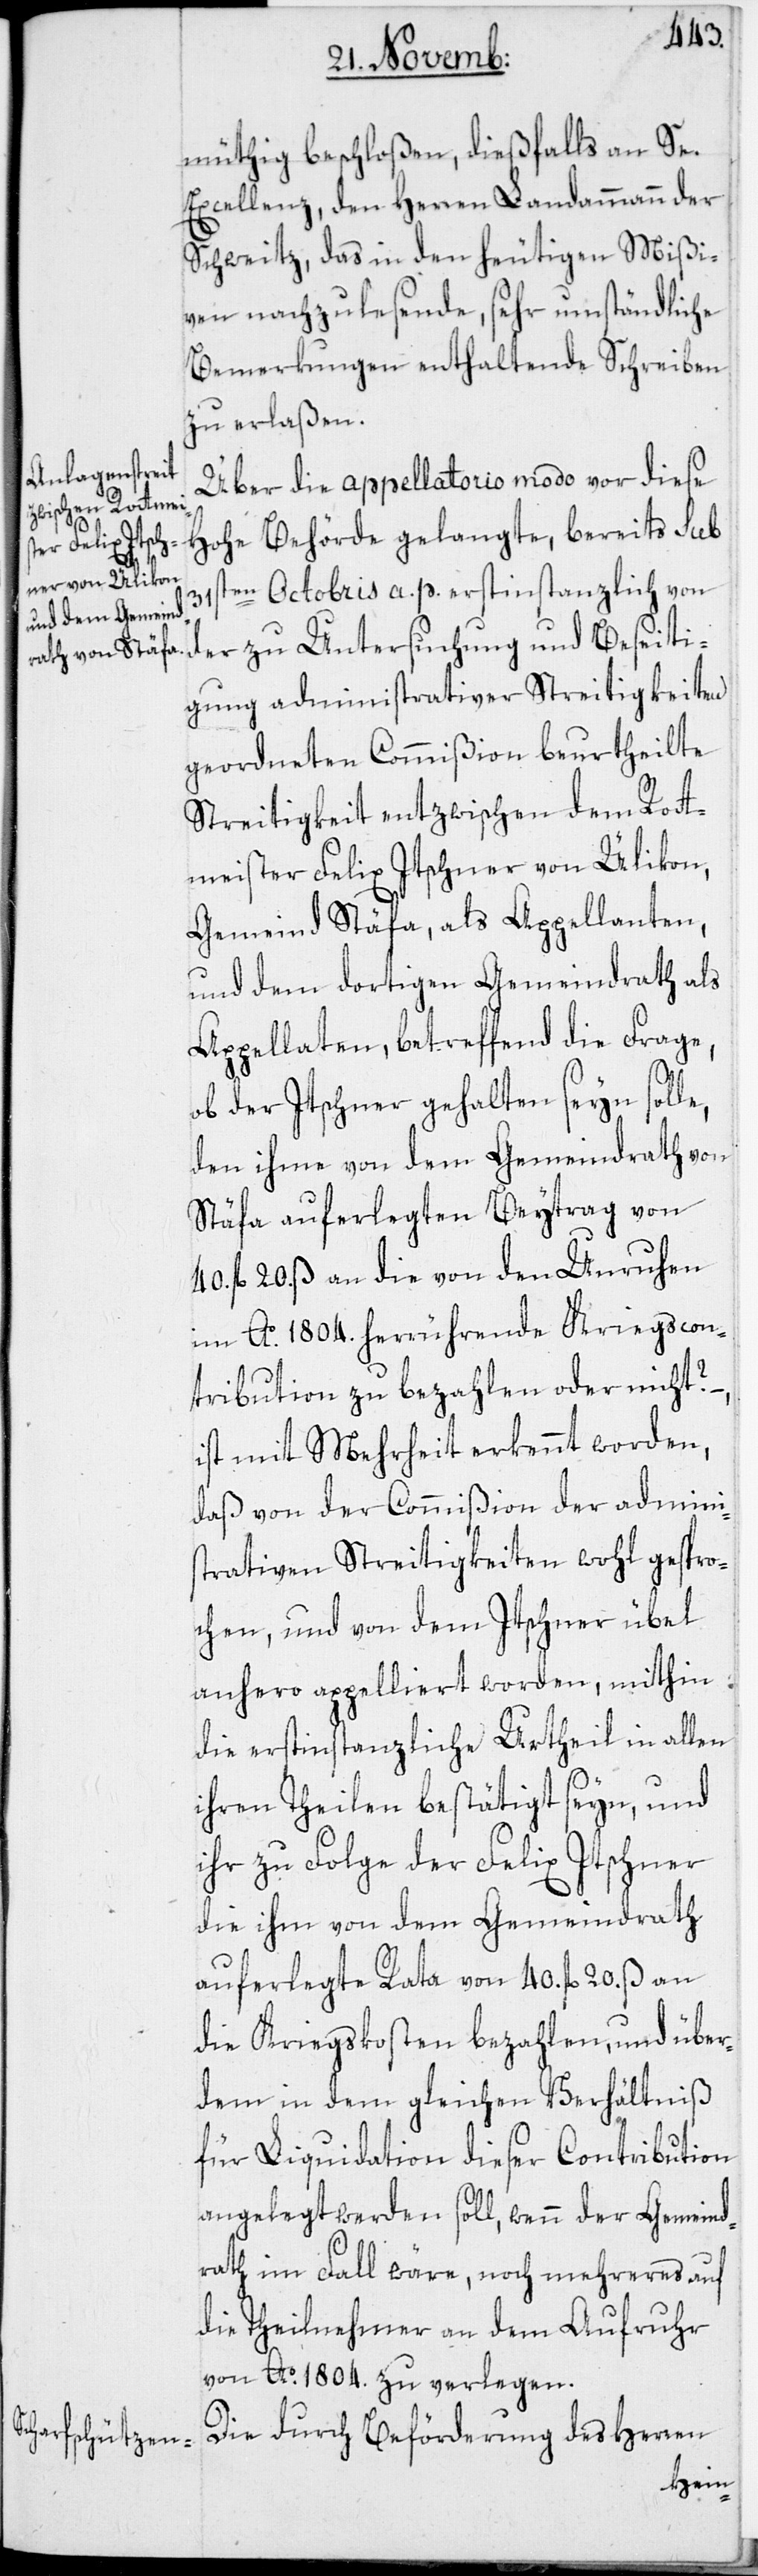
müthig beschloßen, dießfalls an Se.
Excellenz, den Herren Landammann der
Schweitz, das in den heutigen Mißi¬
ven nachzulesende, sehr umständliche
Bemerkungen enthaltende Schreiben
zu erlaßen.
Über die appellatorio modo vor diese
Hohe Behörde gelangte, bereits sub
31sten Octobris a. p. erstinstanzlich von
der zu Untersuchung und Beseiti¬
gung administrativer Streitigkeiten
geordneten Commißion beurtheilte
Streitigkeit entzwischen dem Rott¬
meister Felix Itschner von Ülikon,
Gemeind Stäfa, als Appellanten,
und dem dortigen Gemeindrath als
Appellaten, betreffend die Frage,
ob der Itschner gehalten seyn solle,
den ihme von dem Gemeindrath von
Stäfa auferlegten Beytrag von
40. fl. 20. ß an die von den Unruhen
im Ao. 1804. herrührende Kriegscon¬
tribution zu bezahlen oder nicht?
ist mit Mehrheit erkennt worden,
daß von der Commißion der admini¬
strativen Streitigkeiten wohl gespro¬
chen, und von dem Itschner übel
anhero appelliert worden, mithin
die erstinstanzliche Urtheil in allen
ihren Theilen bestätigt seyn, und
ihr zu Folge der Felix Itschner
die ihm von dem Gemeindrath
auferlegte Rata von 40. fl. 20. ß an
die Kriegskosten bezahlen, und über¬
dem in dem gleichen Verhältniß
für Liquidation dieser Contribution
angelegt werden soll, wenn der Gemeind¬
rath im Fall wäre, noch mehreres auf
die Theilnehmer an dem Aufruhr
von Ao 1804. zu verlegen.
Die durch Beförderung des Herren